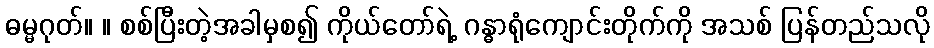
ဓမ္မဂုတ်။ ။ စစ်ပြီးတဲ့အခါမှစ၍ ကိုယ်တော်ရဲ့ ဂန္ဓာရုံကျောင်းတိုက်ကို အသစ် ပြန်တည်သလို